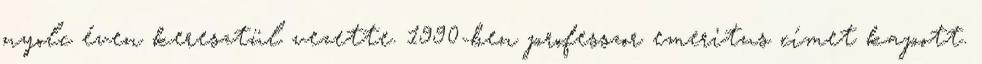
nyolc éven keresztül vezette. 1990-ben professzor emeritus címet kapott.